65_HS1-834228961_62-HQ-83894_Section_9
Agency: FBI
Page 266
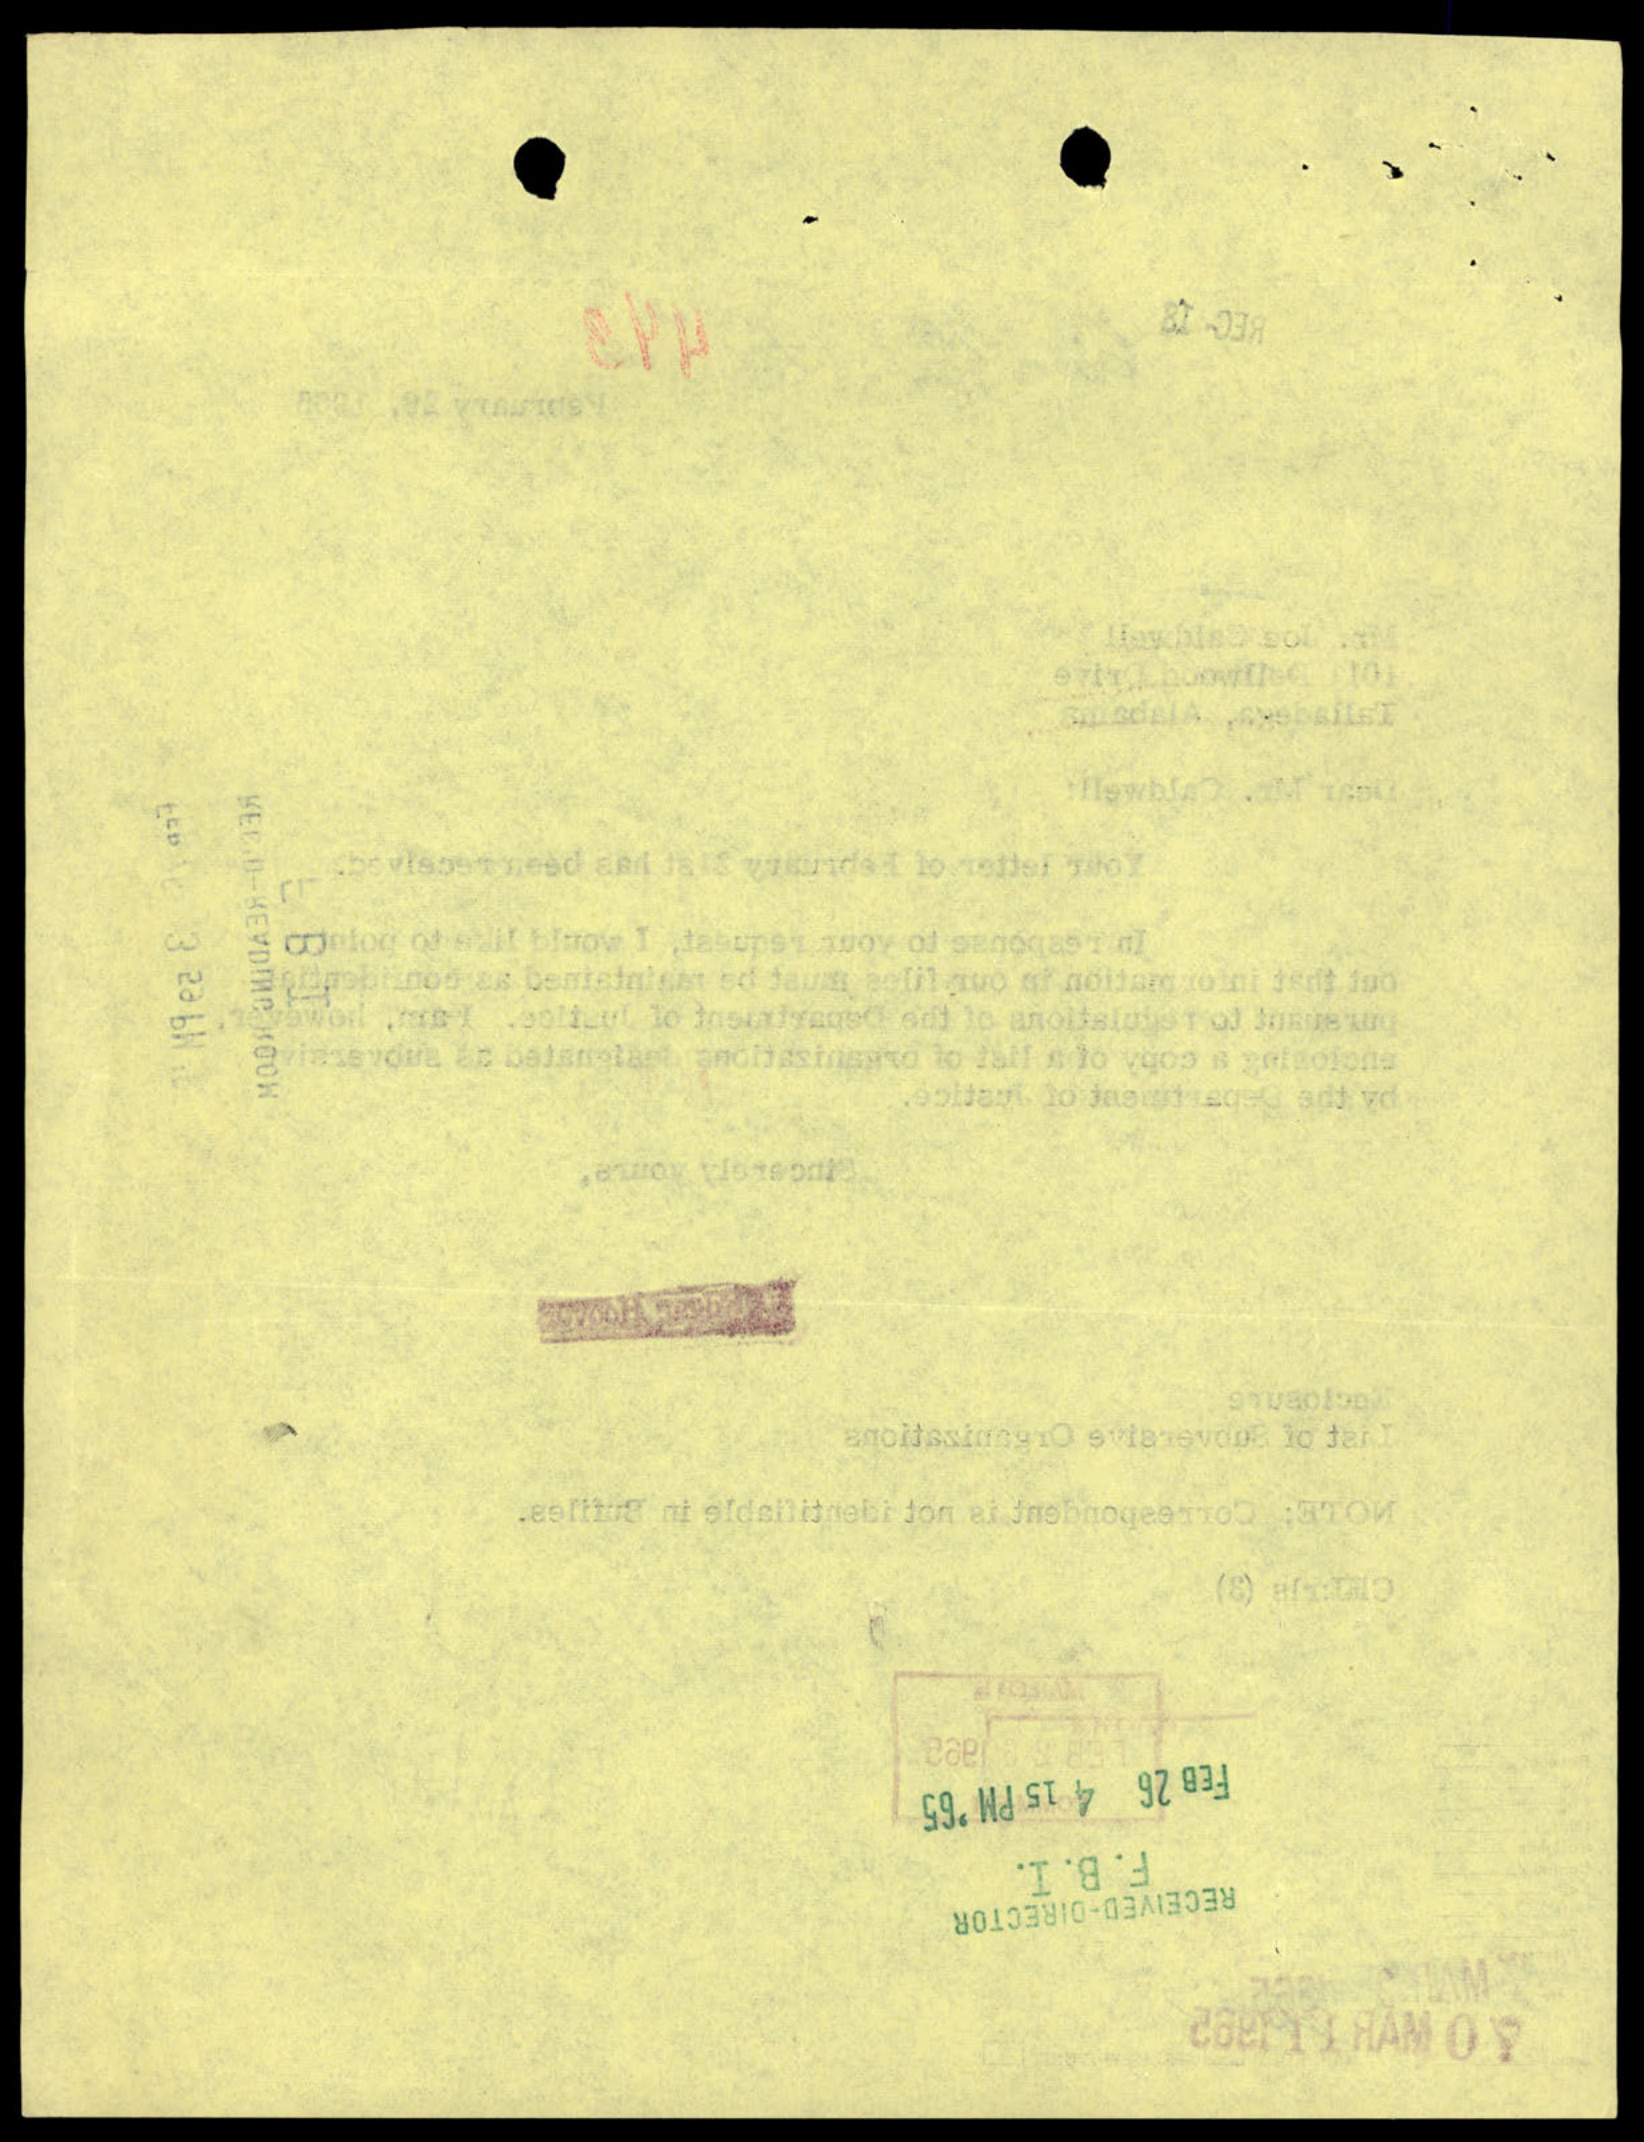